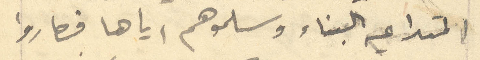
المتداعيه البناء وسلموهم اياها فصاروا